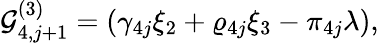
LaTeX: \mathcal{G}_{4,j+1}^{(3)}=\left(\gamma_{4j}\xi_{2}+\varrho_{4j}\xi_{3}-\pi_{4j}\lambda\right),